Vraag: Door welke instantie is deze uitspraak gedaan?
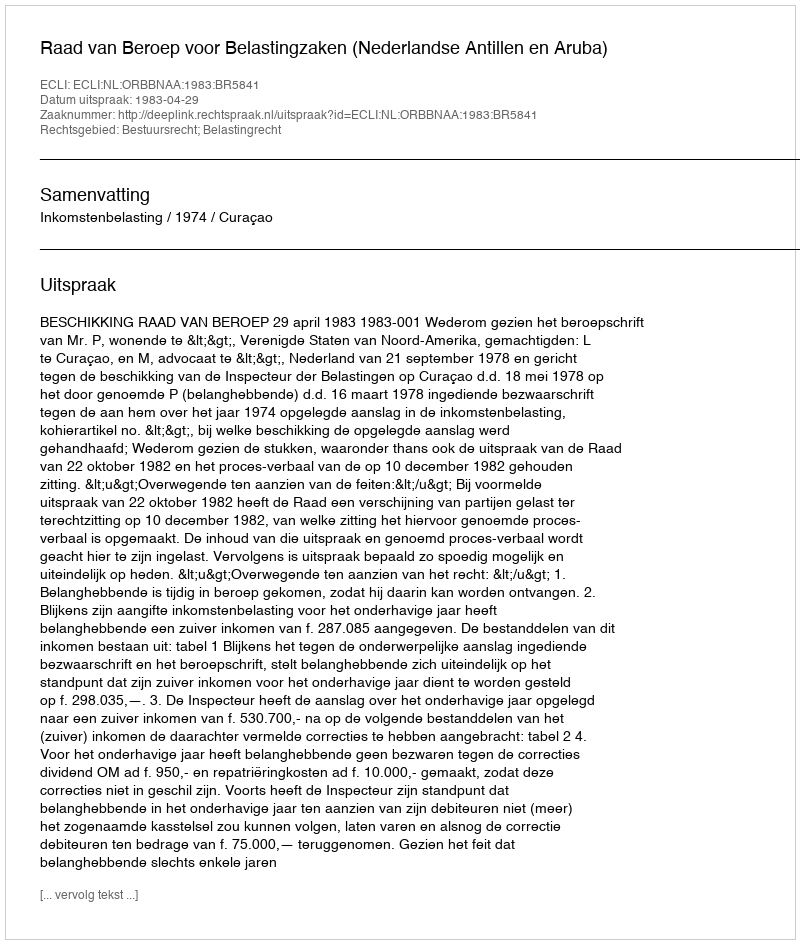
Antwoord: Raad van Beroep voor Belastingzaken (Nederlandse Antillen en Aruba)